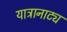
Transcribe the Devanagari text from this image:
यात्रानाट्य